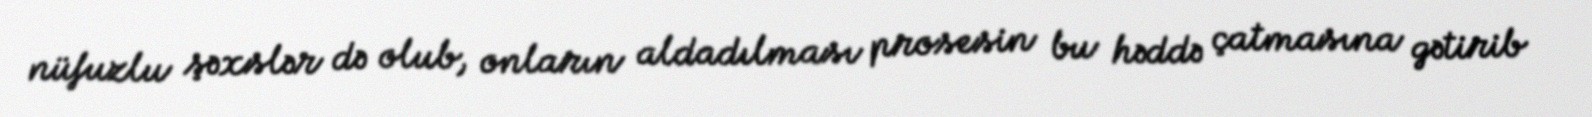
nüfuzlu şəxslər də olub, onların aldadılması prosesin bu həddə çatmasına gətirib